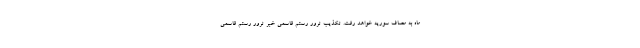
ماه به مصاف سوریه خواهد رفت. تکذیب ترور رستم قاسمی خبر ترور رستم قاسمی